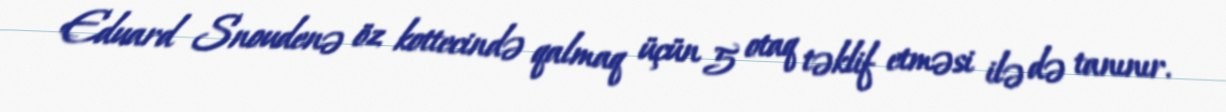
Eduard Snoudenə öz kottecində qalmaq üçün 5 otaq təklif etməsi ilə də tanınır.